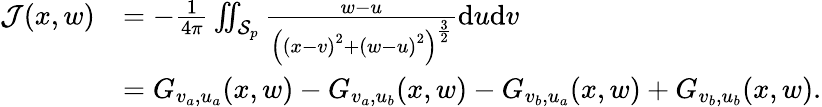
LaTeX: \begin{array}{rl}{\mathcal{J}(x,w)}&{=-\frac{1}{4\pi}\iint_{\mathcal{S}_{p}}\frac{w-u}{\left(\left(x-v\right)^{2}+\left(w-u\right)^{2}\right)^{\frac{3}{2}}}\mathrm{d}u\mathrm{d}v}\\ &{=G_{v_{a},u_{a}}(x,w)-G_{v_{a},u_{b}}(x,w)-G_{v_{b},u_{a}}(x,w)+G_{v_{b},u_{b}}(x,w).}\end{array}